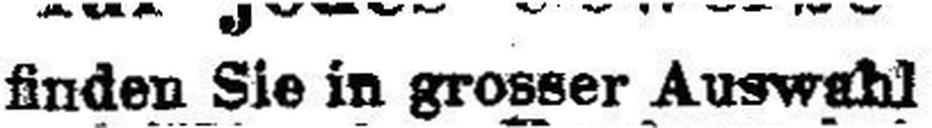
finden Sie in grosser Auswahl